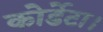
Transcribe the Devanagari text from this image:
कोर्डेटा।